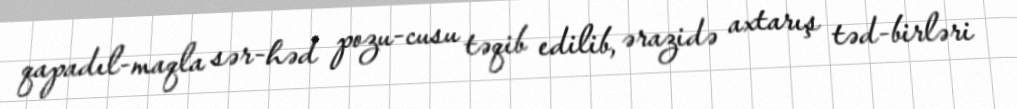
qapadıl­maqla sər­həd pozu­cusu təqib edilib, ərazidə axtarış təd­birləri